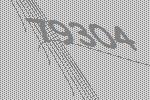
79304